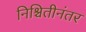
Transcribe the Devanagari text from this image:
निश्चितीनंतर